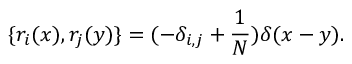
\{ r _ { i } ( x ) , r _ { j } ( y ) \} = ( - \delta _ { i , j } + \frac { 1 } { N } ) \delta ( x - y ) .